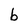
Character: b